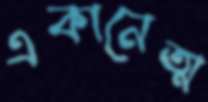
একানেত্ম